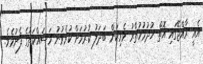
އެއީ ރާއްޖޭގައި އޮތް ޚުދުމުހުތާރު ވެރިކަން ބަދަލު ކުރުމަށް ކުރެވުނު މަސައްކަތުގެ ފެށުމެވެ.